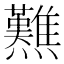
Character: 㸐